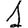
Digit: 1